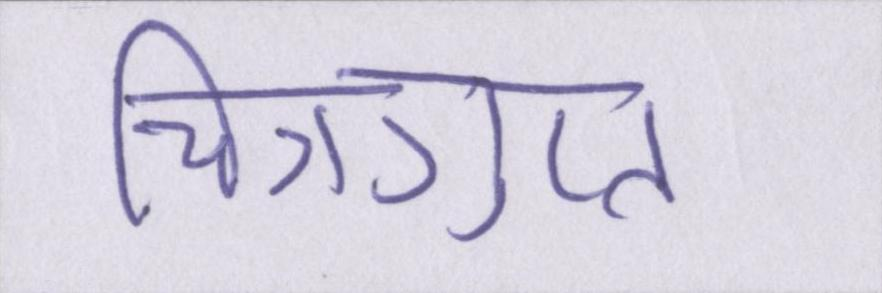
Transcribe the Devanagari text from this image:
चित्रगुप्त